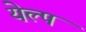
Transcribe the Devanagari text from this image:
येल्प